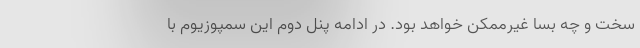
سخت و چه بسا غیرممکن خواهد بود. در ادامه پنل دوم این سمپوزیوم با